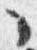
々